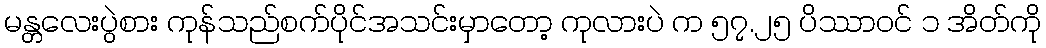
မန္တလေးပွဲစား ကုန်သည်စက်ပိုင်အသင်းမှာတော့ ကုလားပဲ က ၅၇.၂၅ ပိဿာဝင် ၁ အိတ်ကို